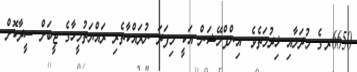
6650ރ.ގެ މުދަލާއި ޚިދުމަތެވެ. އިންފްލޭޝަން އަކީ މިފަދަ ނުރައްކާތެރި ރައްޔަތުމީހާގެ ޖީބަށް ސީދާކޮށް